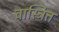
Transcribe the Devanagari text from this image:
वास्त्रित